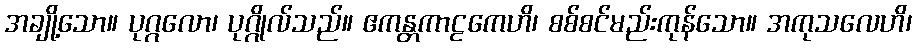
အချို့သော။ ပုဂ္ဂလော၊ ပုဂ္ဂိုလ်သည်။ ဧကန္တကာဠကေဟိ၊ စစ်စင်မည်းကုန်သော။ အကုသလေဟိ၊